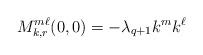
LaTeX: \begin{align*}M_{k,r}^{m\ell}(0,0) = - \lambda_{q+1} k^m k^\ell\end{align*}